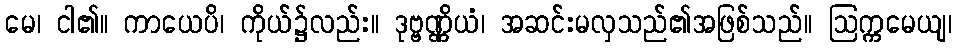
မေ၊ ငါ၏။ ကာယေပိ၊ ကိုယ်၌လည်း။ ဒုဗ္ဗဏ္ဏိယံ၊ အဆင်းမလှသည်၏အဖြစ်သည်။ ဩက္ကမေယျ၊